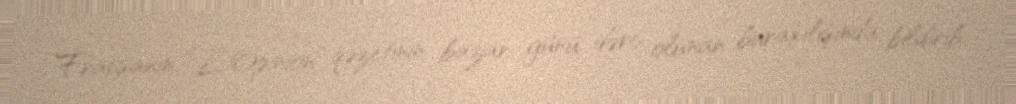
Fransanın “L'Opinion” qəzetinin bazar günü dərc olunan buraxılışında bildirib.